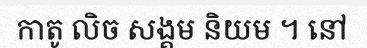
កាតូ លិច សង្គម និយម ។ នៅ